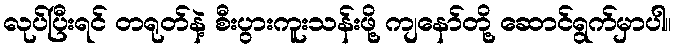
လုပ်ပြီးရင် တရုတ်နဲ့ စီးပွားကူးသန်းဖို့ ကျနော်တို့ ဆောင်ရွက်မှာပါ။